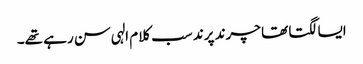
ایسا لگتا تھا چرند پرند سب کلام الہی سن رہے تھے۔